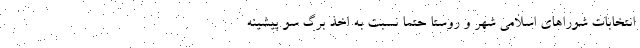
انتخابات شوراهای اسلامی شهر و روستا حتماً نسبت به اخذ برگ سو پیشینه